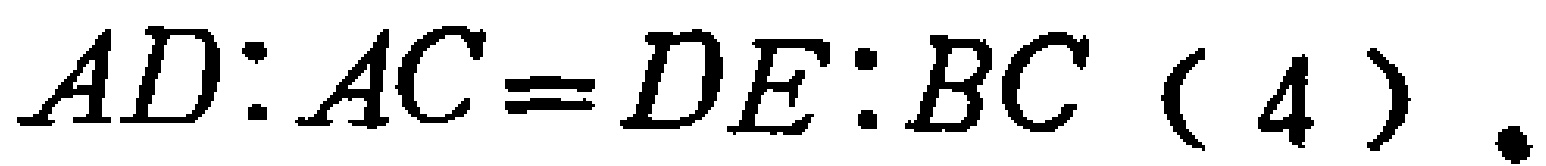
$AD:AC = DE:BC\ (4).$